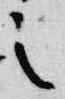
之